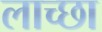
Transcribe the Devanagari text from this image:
लाच्छा